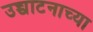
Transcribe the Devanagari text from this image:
उच्चाटनाच्या